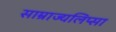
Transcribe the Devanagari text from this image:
साम्राज्यलिप्सा